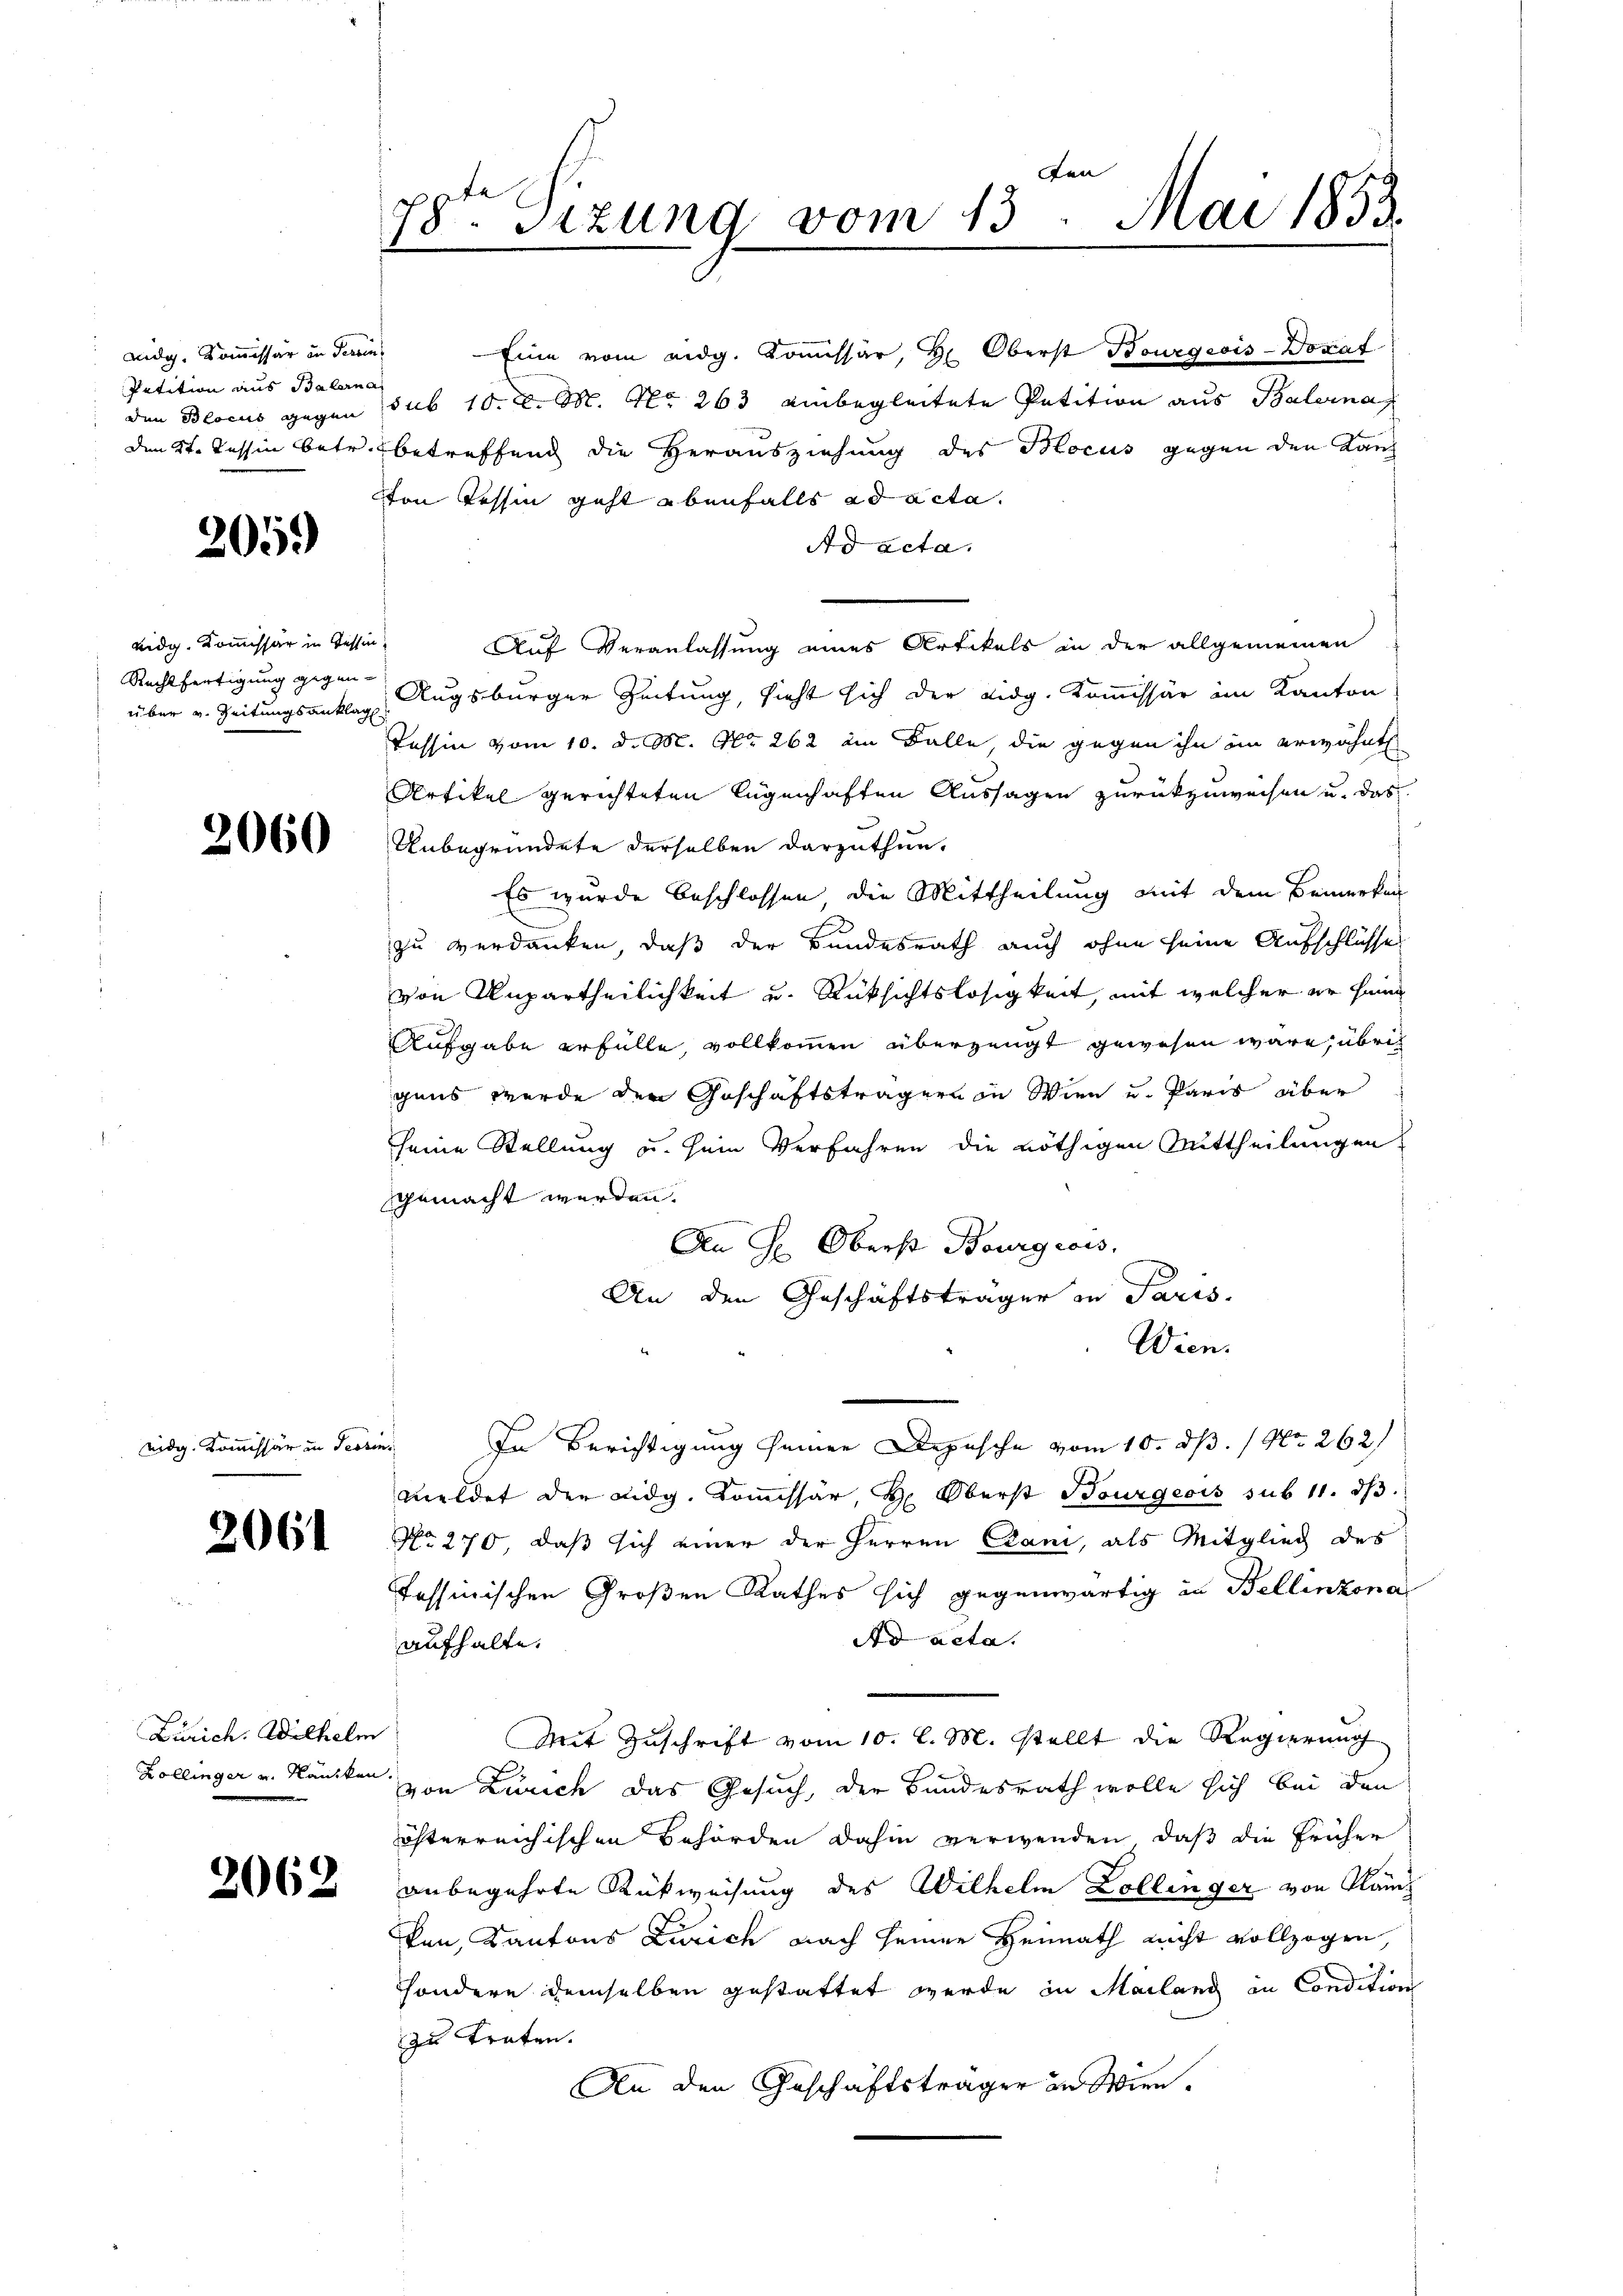
widg. Kommissär in Terrin
Petition aus Balerna

205.

eidg. Kommissär in Tessin,
über u. Zeitungsanklag

eidg. Kommissär in Tessin.

Zürich. Wilhelm

den
78. Sizung vom 13. Mai 1853.
.

Eine vom eidg. Kommissär, Hr. Oberst Bourgeois-Donat
den Blocus gegen sub 10. d. M. No 263 einbegleitete Petition aus Palernah
den St. Tessin betr. Betreffend die Herausziehung des Mocus gegen den Kanz
ton Tessin geht ebenfalls ad acta.
Ad acta.
Auf Veranlassung eines Artikels in der allgemeinen
Rechtfertigung gegen Augsburger Zeitung, sieht sich der Lidg. Kommissär im Kanton
Tessin vom 10. d. M. No 262 im Falle, die gegen ihn in erwähnt
Artikel gerichteten legenhaften Aussagen zurückzuweisen u. das
2066 Unbegründete derselben darzuthun.
Es wurde beschlossen, die Mittheilung mit dem Bemerken
zu verdanken, daß der Bundesrath auch ohne seine Aufschlüsse
von Unpartheilichkeit u. Rüksichtslosigkeit, mit welcher er heimg
Aufgabe erfülle, vollkommen überzeugt gewesen wäre, übrig
gens werde den Geschäftsträgern in Wien u. Paris über
seine Stellung u. sein Verfahren die nöthigen Mittheilungen
gemacht werden.
An H. Oberst Bourgeois.
An den Geschäftsträger in Paris.
Wien.
In Berichtigung seiner Depesche vom 10. d. 1 No 262)
meldet der Eidg. Komissär, H. Oberst Bourgeois sub 11. dβ.
2061 No 270, daß sich einer der Herren Cani, als Mitglied des
tessinischen Großen Rathes sich gegenwärtig in Bellinzona
Ad acta.
aufhalte.
Mit Zuschrift vom 10. l. M. stellt die Regierung
Zollinger u. Lancken von Zürich das Gesuch, der Bundesrath wolle sich bei den
österreichischen Behörden dahin verwenden, daß die früher
2163 anbegehrte Rückweisung des Wilhelm Zollinger von Kanz
ken, Kantons Zürich nach seiner Heimath nicht vollzogen,
sondern demselben gestattet werde in Mailand in Condition
zu traten.
An den Geschäftsträger in Wien.